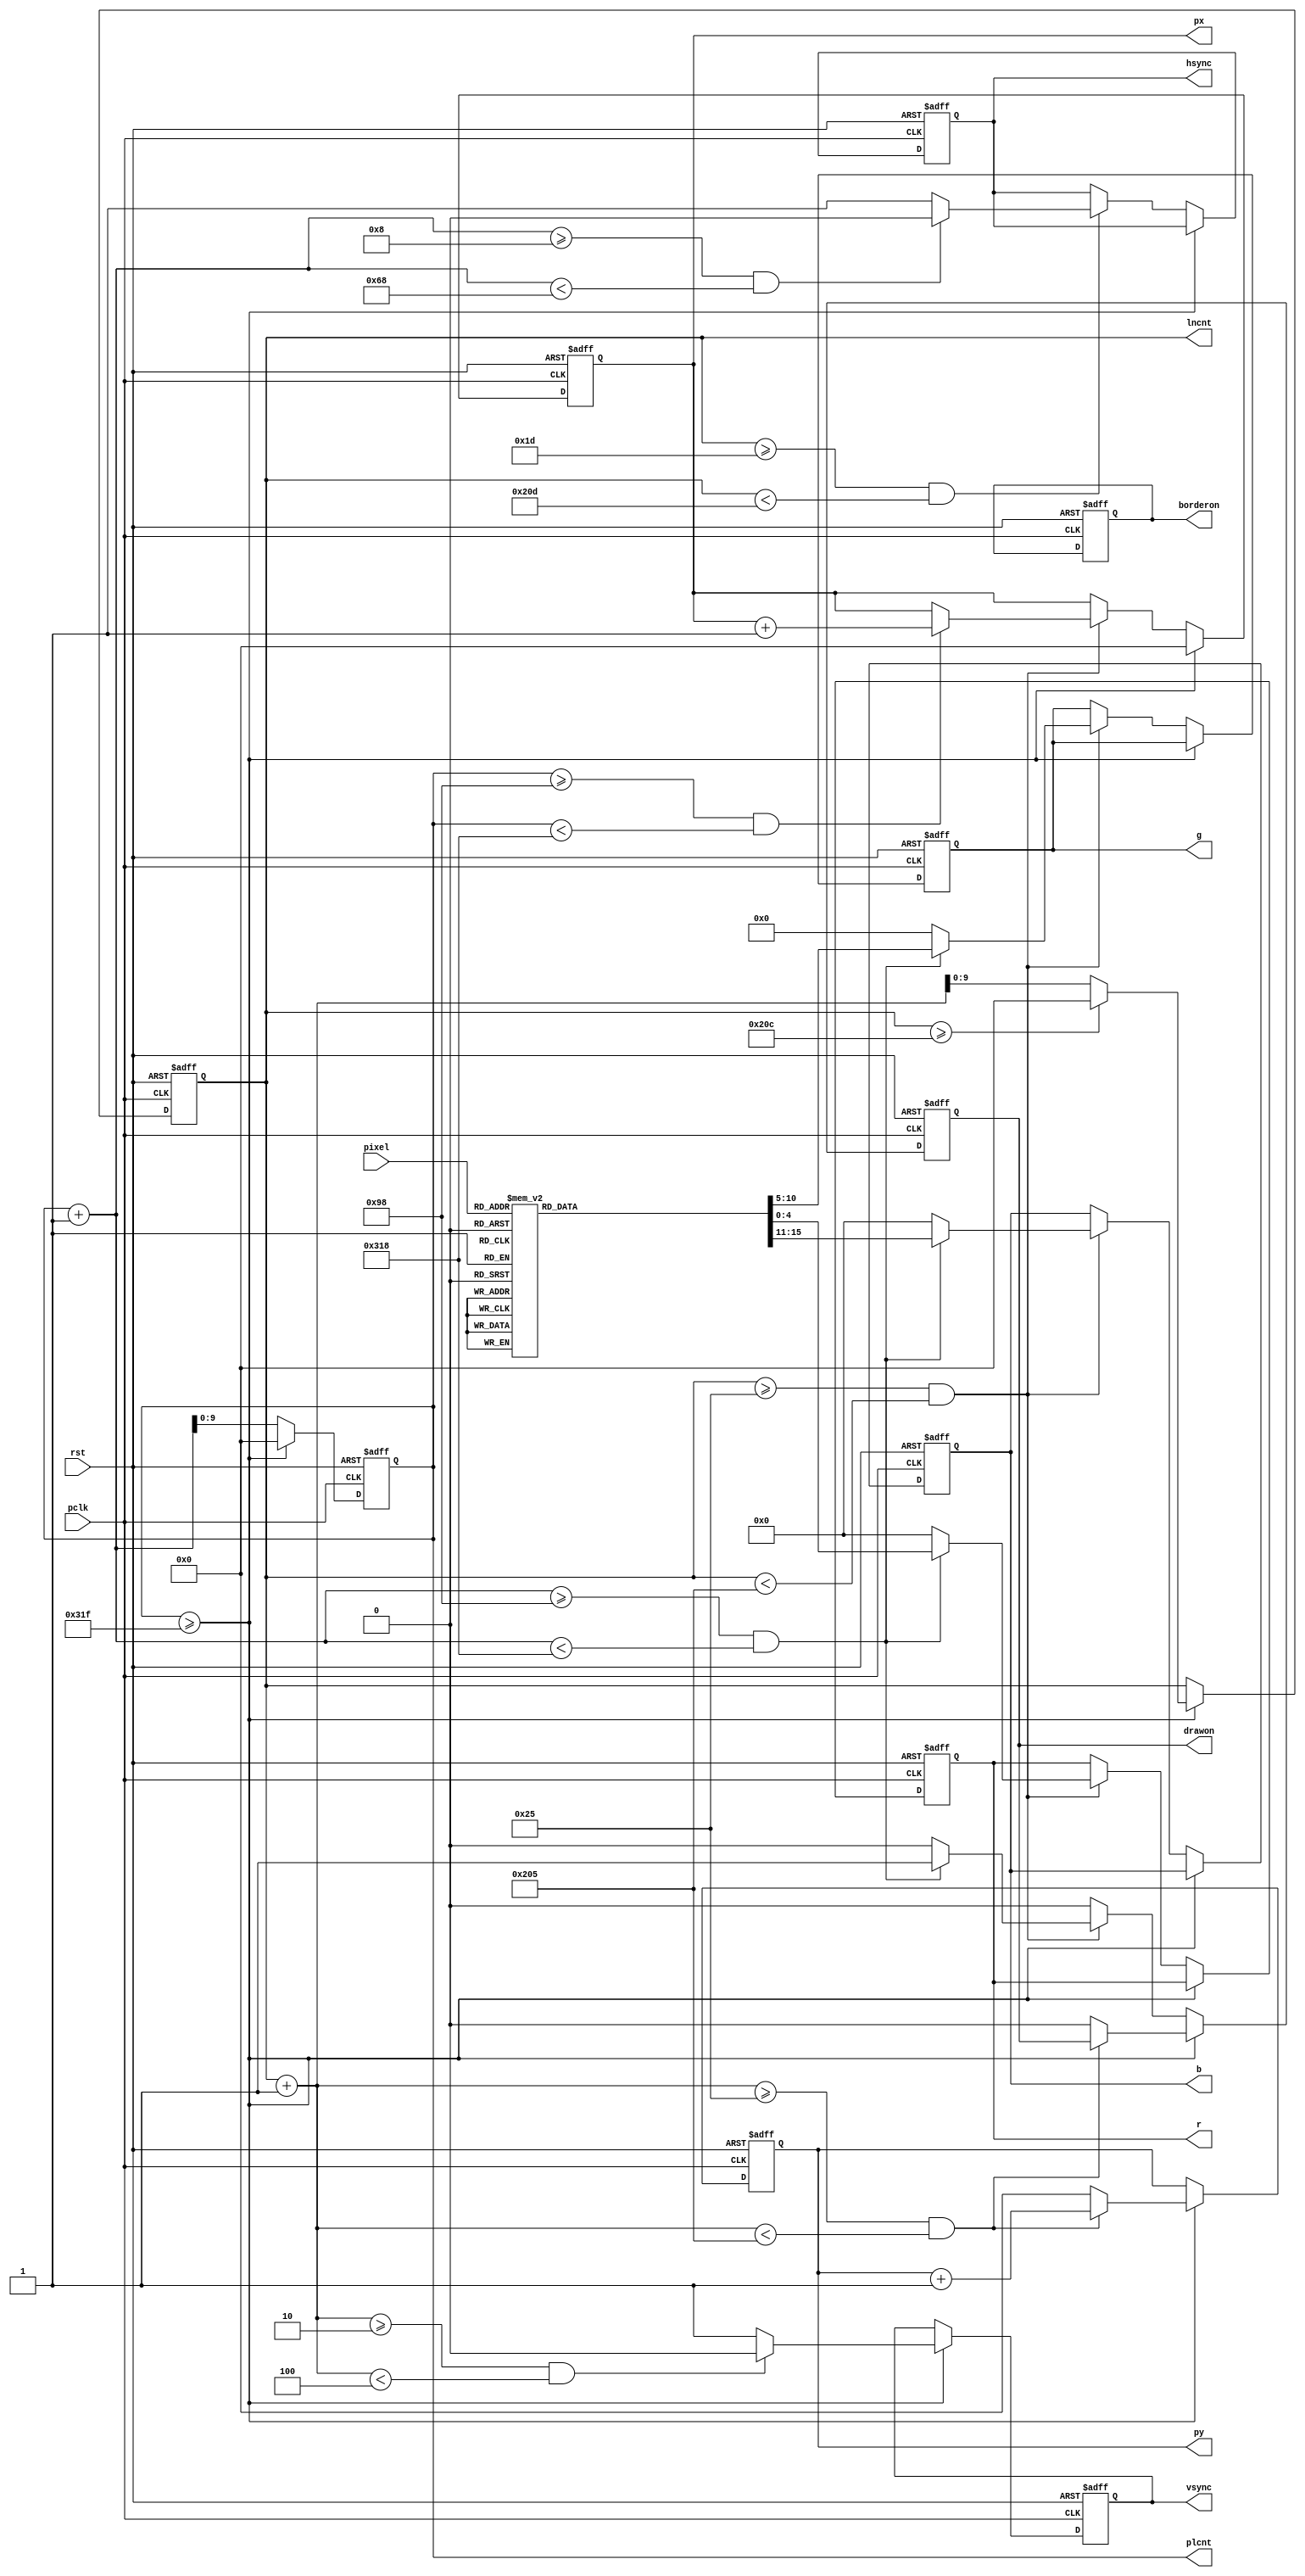
`timescale 1ns / 1ps
//////////////////////////////////////////////////////////////////////////////////
// Company: 
// Engineer: 
// 
// Design Name: 
// Module Name:    VgaModule 
// Project Name: 
// Target Devices: 
// Tool versions: 
// Description: 
//
// Dependencies: 
//
// Revision: 
// Revision 0.01 - File Created
// Additional Comments: 
//
//////////////////////////////////////////////////////////////////////////////////
module VgaModule(
    input pclk,
    input rst,
    input [3:0] pixel,
    output reg [4:0] r,
    output reg [5:0] g,
    output reg [4:0] b,
    output reg vsync,
    output reg hsync,
    output reg [9:0] px,
    output reg [9:0] py,
	 output reg drawon,
	 output reg borderon,
	 output reg [9:0] plcnt,
	 output reg [9:0] lncnt
    );


localparam VSyncStart = 2;
localparam VSyncEnd   = VSyncStart + 2;
localparam TopBorderStart = VSyncEnd + 25;
localparam TopBorderEnd   = TopBorderStart + 8;
localparam STARTLINE      = TopBorderEnd;
localparam ENDLINE        = STARTLINE + 480;
localparam BottomBorderStart = ENDLINE;
localparam BottomBorderEnd   = BottomBorderStart + 8;

localparam HSyncStart = 8;
localparam HSyncEnd        = HSyncStart + 96;
localparam LeftBorderStart = HSyncEnd + 40;
localparam LeftBorderEnd   = LeftBorderStart + 8;
localparam STARTDRAW       = LeftBorderEnd;
localparam ENDDRAW          = STARTDRAW + 640;
localparam RightBorderStart = ENDDRAW;
localparam RightBorderEnd   = RightBorderStart + 8;


always @(posedge pclk or posedge rst)
begin
	if (rst == 1)
	begin
		plcnt <= 0;
		lncnt <= 0;
		px    <= 0;
		py    <= 0;
		drawon <= 0;
		vsync <= 1;
		hsync <= 1;
		r     <= 0;
		g     <= 0;
		b     <= 0;
		borderon <= 0;
	end
	else 
	begin
		if (plcnt>=799)
		begin
			 plcnt <= 0;
			 lncnt <= lncnt + 1;			
			 px    <= 0;
			 if (lncnt+1>=VSyncStart && lncnt+1< VSyncEnd)
				vsync <= 0;
			 else
				vsync <= 1;
			 
			//count drawarea
			 if (lncnt+1>=STARTLINE && lncnt+1<ENDLINE)
			 begin
				 py <= py + 1;
			 end
			 else
			 begin
				py     <= 0;
				drawon <= 0;
			 end
			
			if(lncnt>=524)
			begin
				lncnt <= 0;
			end
		end
		else
		begin
			 plcnt <= plcnt + 1;
			 if( lncnt >= TopBorderStart && lncnt < BottomBorderEnd )
			 begin
				if (plcnt+1>=HSyncStart && plcnt+1< HSyncEnd)
					hsync <= 0;
				else
					hsync <= 1;
			 end
			 
			 if (lncnt>=STARTLINE && lncnt<ENDLINE)
			 begin
				 if (plcnt>=STARTDRAW && plcnt<ENDDRAW)
					px <= px + 1;
					
				 if (plcnt+1>=STARTDRAW && plcnt+1<ENDDRAW)
				 begin
					drawon <= 1;
					case(pixel)
						0: begin
								r <= 0;
								g <= 0;
								b <= 0;
							end
						1: begin
								r <= 5'h00;
								g <= 6'h00;
								b <= 5'h0F;
							end
						2: begin
								r <= 5'h00;
								g <= 6'h1F;
								b <= 5'h00;
							end
						3: begin
								r <= 5'h0F;
								g <= 6'h00;
								b <= 5'h00;
							end						
						4: begin
								r <= 5'h00;
								g <= 6'h1F;
								b <= 5'h0F;
							end						
						5: begin
								r <= 5'h0F;
								g <= 6'h00;
								b <= 5'h0F;
							end						
						6: begin
								r <= 5'h0F;
								g <= 6'h1F;
								b <= 5'h00;
							end						
						7: begin
								r <= 5'h0F;
								g <= 6'h1F;
								b <= 5'h0F;
							end						
						8: begin
								r <= 5'h07;
								g <= 6'h0F;
								b <= 5'h07;
							end						
						9: begin
								r <= 5'h00;
								g <= 6'h00;
								b <= 5'h1F;
							end						
						10: begin
								r <= 5'h00;
								g <= 6'h3F;
								b <= 5'h00;
							end						
						11: begin
								r <= 5'h1F;
								g <= 6'h00;
								b <= 5'h00;
							end						
						12: begin
								r <= 5'h00;
								g <= 6'h3F;
								b <= 5'h1F;
							end						
						13: begin
								r <= 5'h1F;
								g <= 6'h00;
								b <= 5'h1F;
							end						
						14: begin
								r <= 5'h1F;
								g <= 6'h3F;
								b <= 5'h00;
							end						
						15: begin
								r <= 5'h1F;
								g <= 6'h3F;
								b <= 5'h1F;
							end						
					endcase
				 end
				 else
				 begin
				   drawon <= 0;
					r <= 0;
					g <= 0;
					b <= 0;
				 end
			 end
			 else
			 begin
				drawon <= 0;
			 end
		end	 
			 
			 
	end
end // always



endmodule